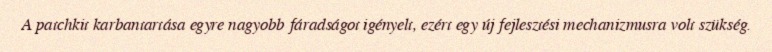
A patchkit karbantartása egyre nagyobb fáradságot igényelt, ezért egy új fejlesztési mechanizmusra volt szükség.